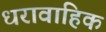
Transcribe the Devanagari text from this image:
धरावाहिक